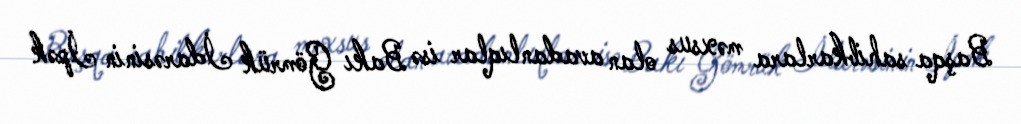
Başqa sahibkarlara məxsus olan avadanlıqlar isə Bakı Gömrük İdarəsinin İpək